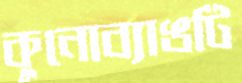
কুনোব্যাঙটি